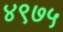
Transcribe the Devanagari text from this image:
४९७५